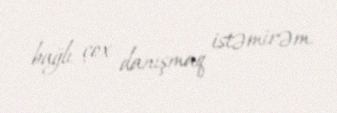
bağlı çox danışmaq istəmirəm.